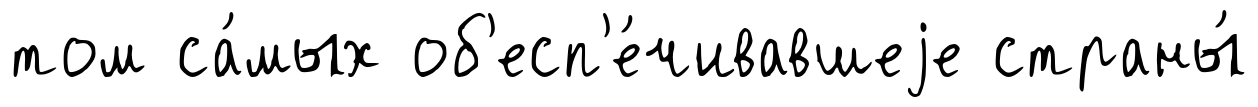
том са́мых об'есп'е́чивавшеjе страны́